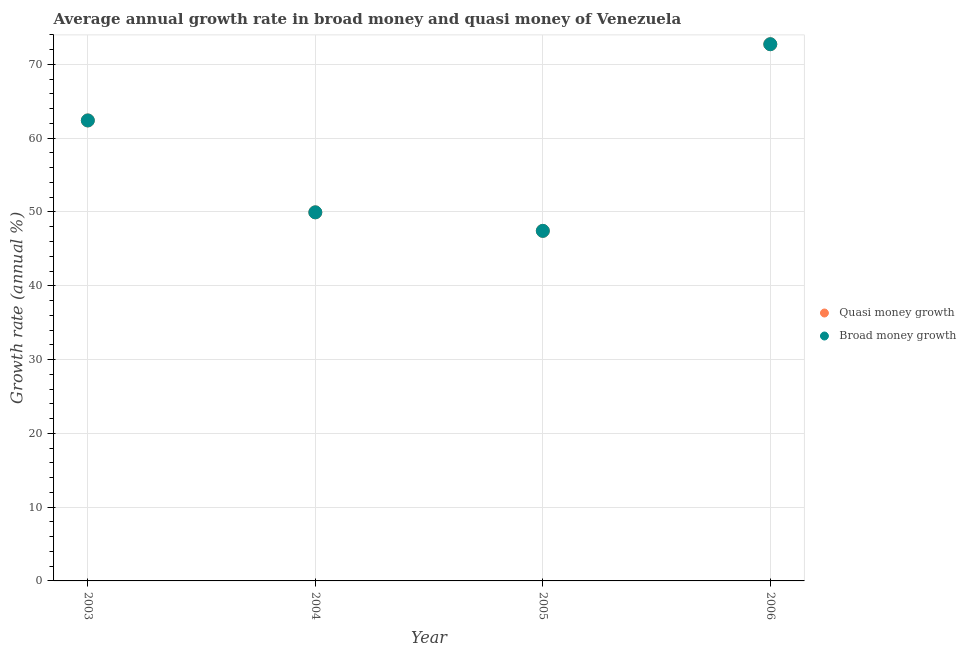
| Year | Quasi money growth | Broad money growth |
 | --- | --- | --- |
 | 2003 | 62.4 | 62.4 |
 | 2004 | 50 | 50 |
 | 2005 | 47.4 | 47.4 |
 | 2006 | 72.7 | 72.7 |